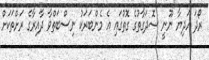
ރޯދަ ހަދިޔާ ނޫނީ ސޮދަގާތުގެ ގޮތުގައި އެ މެންބަރަކު ނިސްބަތްވާ ދާއިރާގެ ރަށްތަކަށް